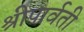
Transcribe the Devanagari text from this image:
श्रीपार्वती